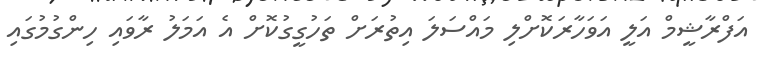
އަފްރާޝީމް އަލީ އަވަހާރަކޮށްލި މައްސަލަ އިތުރަށް ތަހުގީގުކޮށް އެ އަމަލު ރާވައި ހިންގުމުގައި